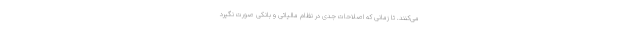
می‌کنند. تا زمانی که اصلاحات جدی در نظام مالیاتی و بانکی صورت نگیرد